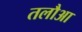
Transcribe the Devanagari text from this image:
तलौआ